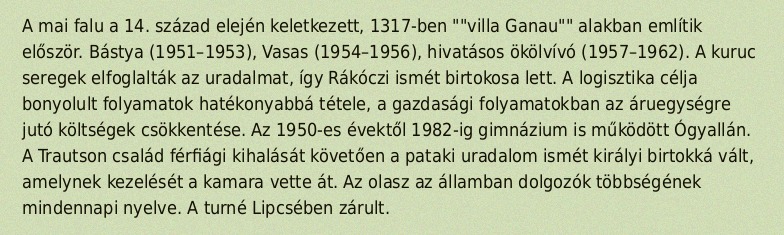
A mai falu a 14. század elején keletkezett, 1317-ben ""villa Ganau"" alakban említik először. Bástya (1951–1953), Vasas (1954–1956), hivatásos ökölvívó (1957–1962). A kuruc seregek elfoglalták az uradalmat, így Rákóczi ismét birtokosa lett. A logisztika célja bonyolult folyamatok hatékonyabbá tétele, a gazdasági folyamatokban az áruegységre jutó költségek csökkentése. Az 1950-es évektől 1982-ig gimnázium is működött Ógyallán. A Trautson család férfiági kihalását követően a pataki uradalom ismét királyi birtokká vált, amelynek kezelését a kamara vette át. Az olasz az államban dolgozók többségének mindennapi nyelve. A turné Lipcsében zárult.